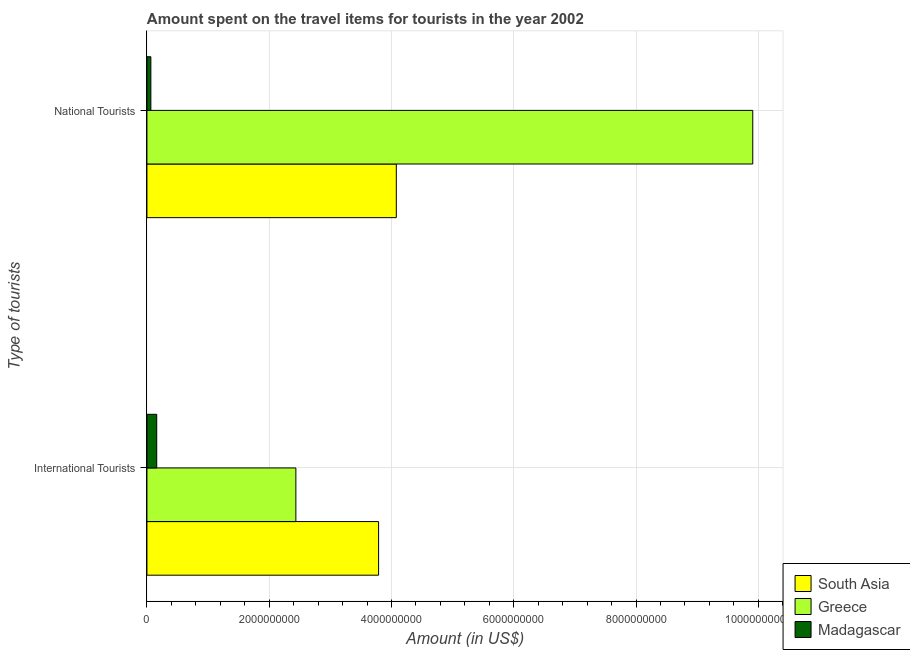
| Type of tourists | South Asia | Greece | Madagascar |
 | --- | --- | --- | --- |
 | International Tourists | 3.79e+09 | 2.44e+09 | 1.6e+08 |
 | National Tourists | 4.08e+09 | 9.91e+09 | 6.4e+07 |